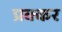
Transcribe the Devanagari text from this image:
प्रक्कर